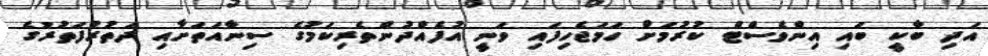
އަދި ބާކީ ބައި އިންވެސްޓް ކުރުމަށް ހަމަޖެހިފައި ވަނީ އުފެއްދުންތެރިކަމުގެ ސިނާއަތަށާއި ދަތުރުފަތުރުގެ